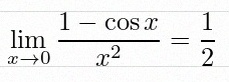
\lim_{x\to0}\frac{1-\cos x}{x^2}=\frac12